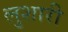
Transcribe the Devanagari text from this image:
लुशारी